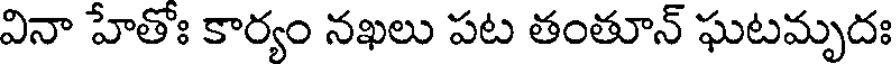
వినా హేతోః కార్యం నఖలు పట తంతూన్ ఘటమృదః